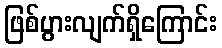
ဖြစ်ပွားလျက်ရှိကြောင်း